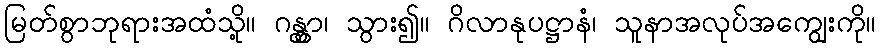
မြတ်စွာဘုရားအထံသို့။ ဂန္တွာ၊ သွား၍။ ဂိလာနုပဋ္ဌာနံ၊ သူနာအလုပ်အကျွေးကို။